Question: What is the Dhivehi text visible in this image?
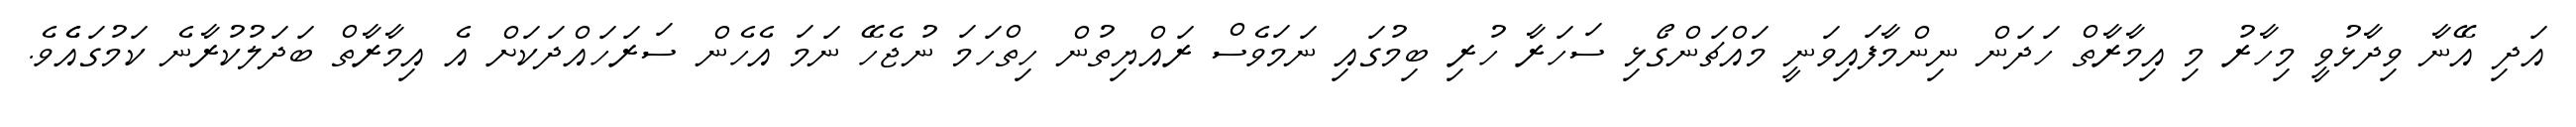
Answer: އަދި އޭނާ ވިދާޅުވީ މިހާރު މި އިމާރާތް ހަދަން ނިންމާފައިވަނީ މައްޗަންގޯޅި ސަހަރާ ހުރި ބިމުގައި ނަމަވެސް ރައްޔިތުން ހިތްހަމަ ނުޖެހޭ ނަމަ އެހެން ސަރަހައްދަކަށް އެ އިމާރާތް ބަދަލުކުރާނެ ކަމުގައެެވެ.